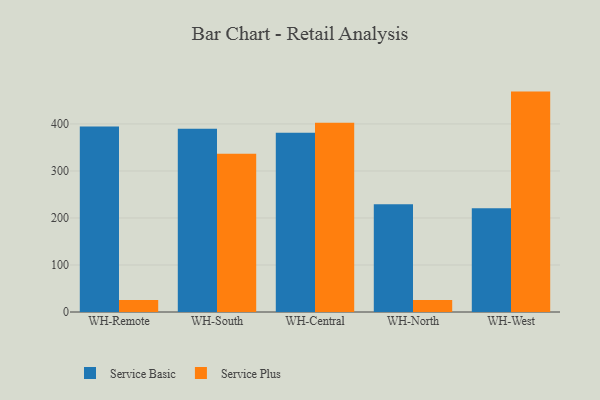
{"axis": {"x": "Warehouse", "y": "Production Output"}, "legend": ["Service Basic", "Service Plus"], "data": [{"x": "WH-Remote", "y": 394.6, "type": "Service Basic"}, {"x": "WH-Remote", "y": 25.4, "type": "Service Plus"}, {"x": "WH-South", "y": 389.8, "type": "Service Basic"}, {"x": "WH-South", "y": 336.4, "type": "Service Plus"}, {"x": "WH-Central", "y": 381.4, "type": "Service Basic"}, {"x": "WH-Central", "y": 402.8, "type": "Service Plus"}, {"x": "WH-North", "y": 229.3, "type": "Service Basic"}, {"x": "WH-North", "y": 25.3, "type": "Service Plus"}, {"x": "WH-West", "y": 220.5, "type": "Service Basic"}, {"x": "WH-West", "y": 468.8, "type": "Service Plus"}]}